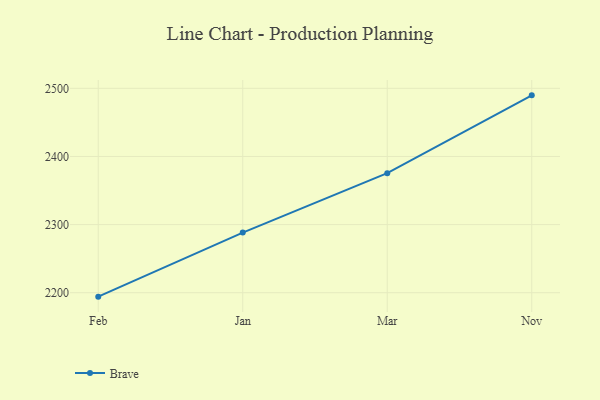
{"axis": {"x": "Month", "y": "LTV (USD)"}, "legend": ["Brave"], "data": [{"x": "Feb", "y": 2194.2, "type": "Brave"}, {"x": "Jan", "y": 2288.2, "type": "Brave"}, {"x": "Mar", "y": 2375.4, "type": "Brave"}, {"x": "Nov", "y": 2489.7, "type": "Brave"}]}